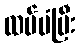
ထပ်မံပြီး